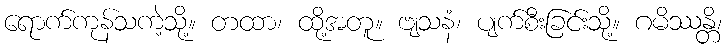
ရောက်ကုန်သကဲ့သို့။ တထာ၊ ထို့အတူ။ ဗျသနံ၊ ပျက်စီးခြင်းသို့။ ဂမိဿန္တိ၊